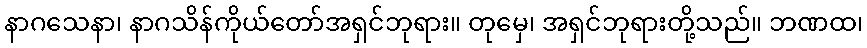
နာဂသေနာ၊ နာဂသိန်ကိုယ်တော်အရှင်ဘုရား။ တုမှေ၊ အရှင်ဘုရားတို့သည်။ ဘဏထ၊